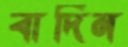
বাদিন